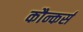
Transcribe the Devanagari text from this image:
कौन्कर्स